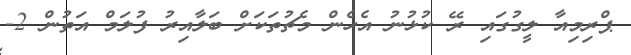
ޕްރިމިއާ ލީގުގައި ރޭ ކުޅުނު އެހެން މެޗުތަކަށް ބަލާއިރު ފުލަމް އަތުން 2-